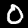
Label: 0